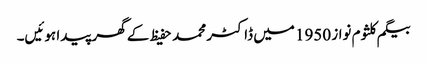
بیگم کلثوم نواز 1950 میں ڈاکٹر محمد حفیظ کے گھر پیدا ہوئیں۔